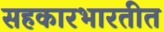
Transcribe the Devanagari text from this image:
सहकारभारतीत